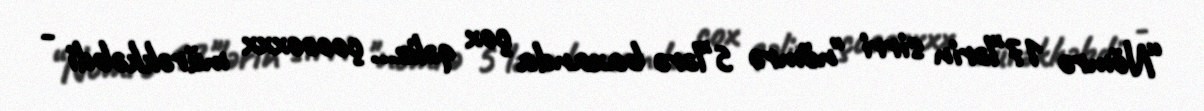
“Nömrə 17"lərin sirri "nömrə 5"lərə baxanda çox qəliz... çooooxxx mürəkkəbdi -